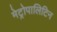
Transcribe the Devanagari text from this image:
मेट्रोपालिटिन